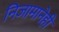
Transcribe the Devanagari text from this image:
निजामानेही